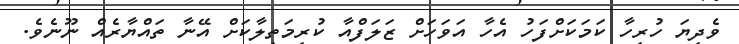
ވެދިޔަ ހުރިހާ ކަމަކަށްފަހު އެހާ އަވަހަށް ޒަލަފްއާ ކުރިމަތިލާކަށް އޭނާ ތައްޔާރެއް ނޫނެވެ.